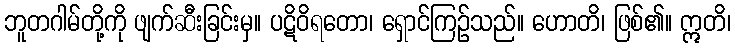
ဘူတဂါမ်တို့ကို ဖျက်ဆီးခြင်းမှ။ ပဋိဝိရတော၊ ရှောင်ကြဉ်သည်။ ဟောတိ၊ ဖြစ်၏။ ဣတိ၊